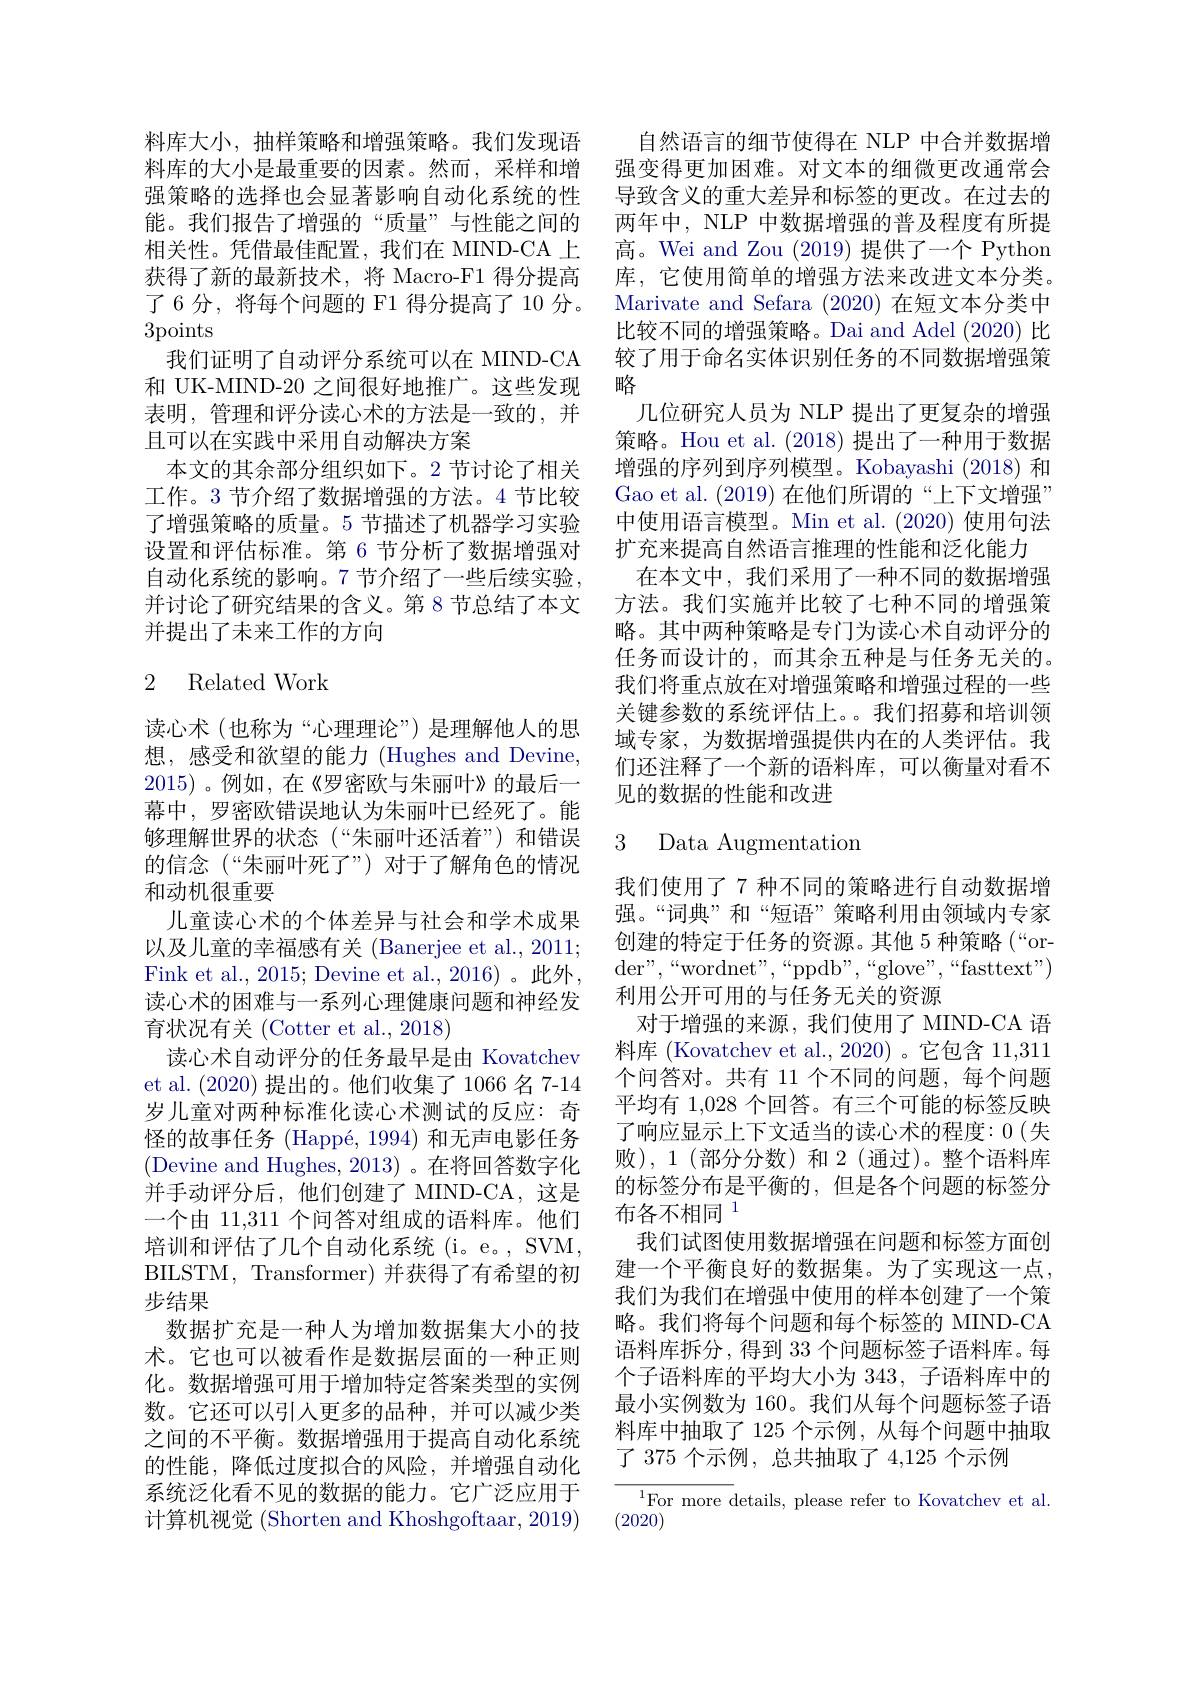
料库大小，抽样策略和增强策略。我们发现语料库的大小是最重要的因素。然而，采样和增强策略的选择也会显著影响自动化系统的性能。我们报告了增强的“质量”与性能之间的相关性。凭借最佳配置，我们在 MIND-CA 上获得了新的最新技术，将 Macro-F1 得分提高了6 分，将每个问题的 F1 得分提高了 10 分。3points
我们证明了自动评分系统可以在 MIND-CA 和 UK-MIND-20 之间很好地推广。这些发现表明，管理和评分读心术的方法是一致的，并且可以在实践中采用自动解决方案
本文的其余部分组织如下。2 节讨论了相关工作。3 节介绍了数据增强的方法。4 节比较了增强策略的质量。5 节描述了机器学习实验设置和评估标准。第 6 节分析了数据增强对自动化系统的影响。7 节介绍了一些后续实验， 并讨论了研究结果的含义。第 8 节总结了本文并提出了未来工作的方向

## 2 Related Work

读心术 (也称为“心理理论”) 是理解他人的思想，感受和欲望的能力(Hughes and Devine, 2015)。例如，在《罗密欧与朱丽叶》的最后一幕中，罗密欧错误地认为朱丽叶已经死了。能够理解世界的状态(“朱丽叶还活着”)和错误的信念(“朱丽叶死了”) 对于了解角色的情况和动机很重要
儿童读心术的个体差异与社会和学术成果以及儿童的幸福感有关 (Banerjee et al., 2011; Fink et al. , 2015; Devine et al. , 2016) 。此 外 , 读心术的困难与一系列心理健康问题和神经发育状况有关 (Cotter et al., 2018)
读心术自动评分的任务最早是由 Kovatchev et al. (2020)提出的。他们收集了 1066 名 7-14岁儿童对两种标准化读心术测试的反应：奇怪的故事任务 (Happé, 1994) 和无声电影任务(Devine and Hughes, 2013)。在将回答数字化并手动评分后，他们创建了 MIND-CA,这是一个由 11,311 个问答对组成的语料库。他们培训和评估了几个自动化系统 (i。e。, SVM, BILSTM, Transformer) 并获得了有希望的初步结果
数据扩充是一种人为增加数据集大小的技术。它也可以被看作是数据层面的一种正则化。数据增强可用于增加特定答案类型的实例数。它还可以引入更多的品种，并可以减少类之间的不平衡。数据增强用于提高自动化系统的性能，降低过度拟合的风险，并增强自动化系统泛化看不见的数据的能力。它广泛应用于计算机视觉 (Shorten and Khoshgoftaar, 2019)

自然语言的细节使得在 NLP 中合并数据增强变得更加困难。对文本的细微更改通常会导致含义的重大差异和标签的更改。在过去的两年中，NLP 中数据增强的普及程度有所提高。Wei and Zou (2019)提供了一个 Python 库，它使用简单的增强方法来改进文本分类。Marivate and Sefara (2020)在短文本分类中比较不同的增强策略。Dai and Adel (2020) 比较了用于命名实体识别任务的不同数据增强策略
几位研究人员为 NLP 提出了更复杂的增强策略。Hou et al. (2018)提出了一种用于数据增强的序列到序列模型。Kobayashi (2018) 和Gao et al. (2019) 在他们所谓的“上下文增强” 中使用语言模型。Min et al. (2020)使用句法扩充来提高自然语言推理的性能和泛化能力
在本文中，我们采用了一种不同的数据增强方法。我们实施并比较了七种不同的增强策略。其中两种策略是专门为读心术自动评分的任务而设计的，而其余五种是与任务无关的。我们将重点放在对增强策略和增强过程的一些关键参数的系统评估上。。我们招募和培训领域专家，为数据增强提供内在的人类评估。我们还注释了一个新的语料库，可以衡量对看不见的数据的性能和改进

### 3 Data Augmentation

我们使用了 7 种不同的策略进行自动数据增强。“词典”和“短语”策略利用由领域内专家创建的特定于任务的资源。其他 5 种策略(“order" , “ wordnet" , “ ppdb" , “ glove" , “ fasttext" ) 利用公开可用的与任务无关的资源
对于增强的来源，我们使用了 MIND-CA 语料库 (Kovatchev et al., 2020)。它包含 11,311个问答对。共有 11 个不同的问题，每个问题平均有 1,028 个回答。有三个可能的标签反映了响应显示上下文适当的读心术的程度：0(失败),1(部分分数)和2(通过)。整个语料库的标签分布是平衡的，但是各个问题的标签分布各不相同$^{1}$
我们试图使用数据增强在问题和标签方面创建一个平衡良好的数据集。为了实现这一点， 我们为我们在增强中使用的样本创建了一个策略。我们将每个问题和每个标签的 MIND-CA 语料库拆分，得到 33 个问题标签子语料库。每个子语料库的平均大小为 343, 子语料库中的最小实例数为 160。我们从每个问题标签子语料库中抽取了 125 个示例，从每个问题中抽取了 375 个示例，总共抽取了 4,125 个示例

${\overline{{^{1}\text{For more d}}}}$etails, please refer to Kovatchev et al.
(2020)